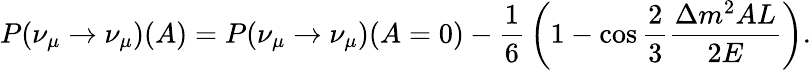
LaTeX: P(\nu_{\mu}\to\nu_{\mu})(A)=P(\nu_{\mu}\to\nu_{\mu})(A=0)-{\frac{1}{6}}\left(1-\cos{\frac{2}{3}}{\frac{\Delta m^{2}AL}{2E}}\right).